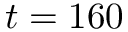
t = 1 6 0